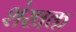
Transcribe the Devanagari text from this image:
शंखक